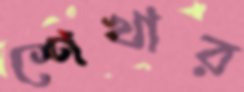
শেখার